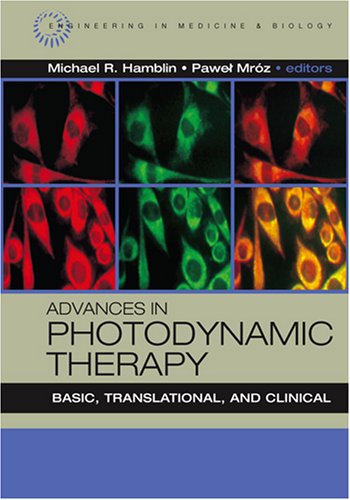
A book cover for Advances in Photodynamic Therapy: Basic, Translational and Clinical (Engineering in Medicine & Biology); Medical Books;